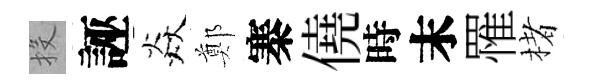
投誣焱鄭寨僥時末罹楮